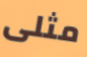
مثلى